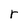
Character: r